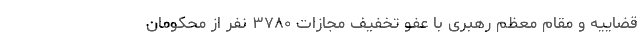
قضاییه و مقام معظم رهبری با عفو تخفیف مجازات ۳۷۸۰ نفر از محکومان